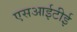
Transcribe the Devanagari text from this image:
एसआईटीई